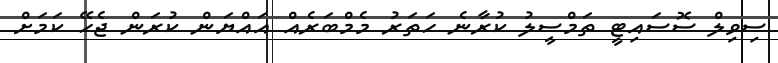
ސިވިލް ސޮސައިޓީ ތަމްސީލު ކުރާނެ ހަތަރު މެމްބަރެއް އައްޔަން ކުރަން ޖެހޭ ކަމަށް